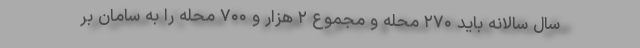
سال سالانه باید ۲۷۰ محله و مجموع ۲ هزار و ۷۰۰ محله را به سامان بر